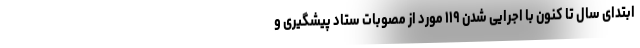
ابتدای سال تا کنون با اجرایی شدن ۱۱۹ مورد از مصوبات ستاد پیشگیری و